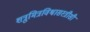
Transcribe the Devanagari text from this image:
शत्रुमित्रविश्वासस्त्रीसी